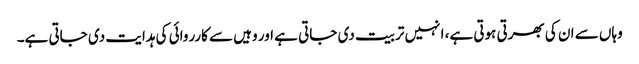
وہاں سے ان کی بھرتی ہوتی ہے، انہیں تربیت دی جاتی ہے اور وہیں سے کارروائی کی ہدایت دی جاتی ہے۔